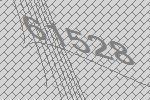
61528